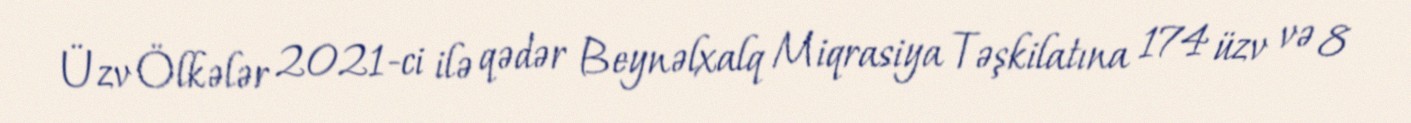
Üzv Ölkələr 2021-ci ilə qədər Beynəlxalq Miqrasiya Təşkilatına 174 üzv və 8